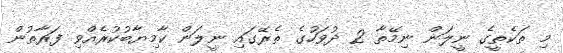
މި ތަކެތީގެ ނީލަން ނިމޭތާ 2 ދުވަހުގެ ތެރޭގައި ނީލަން ކާމިޔާބުކުރެއްވި ފަރާތުން